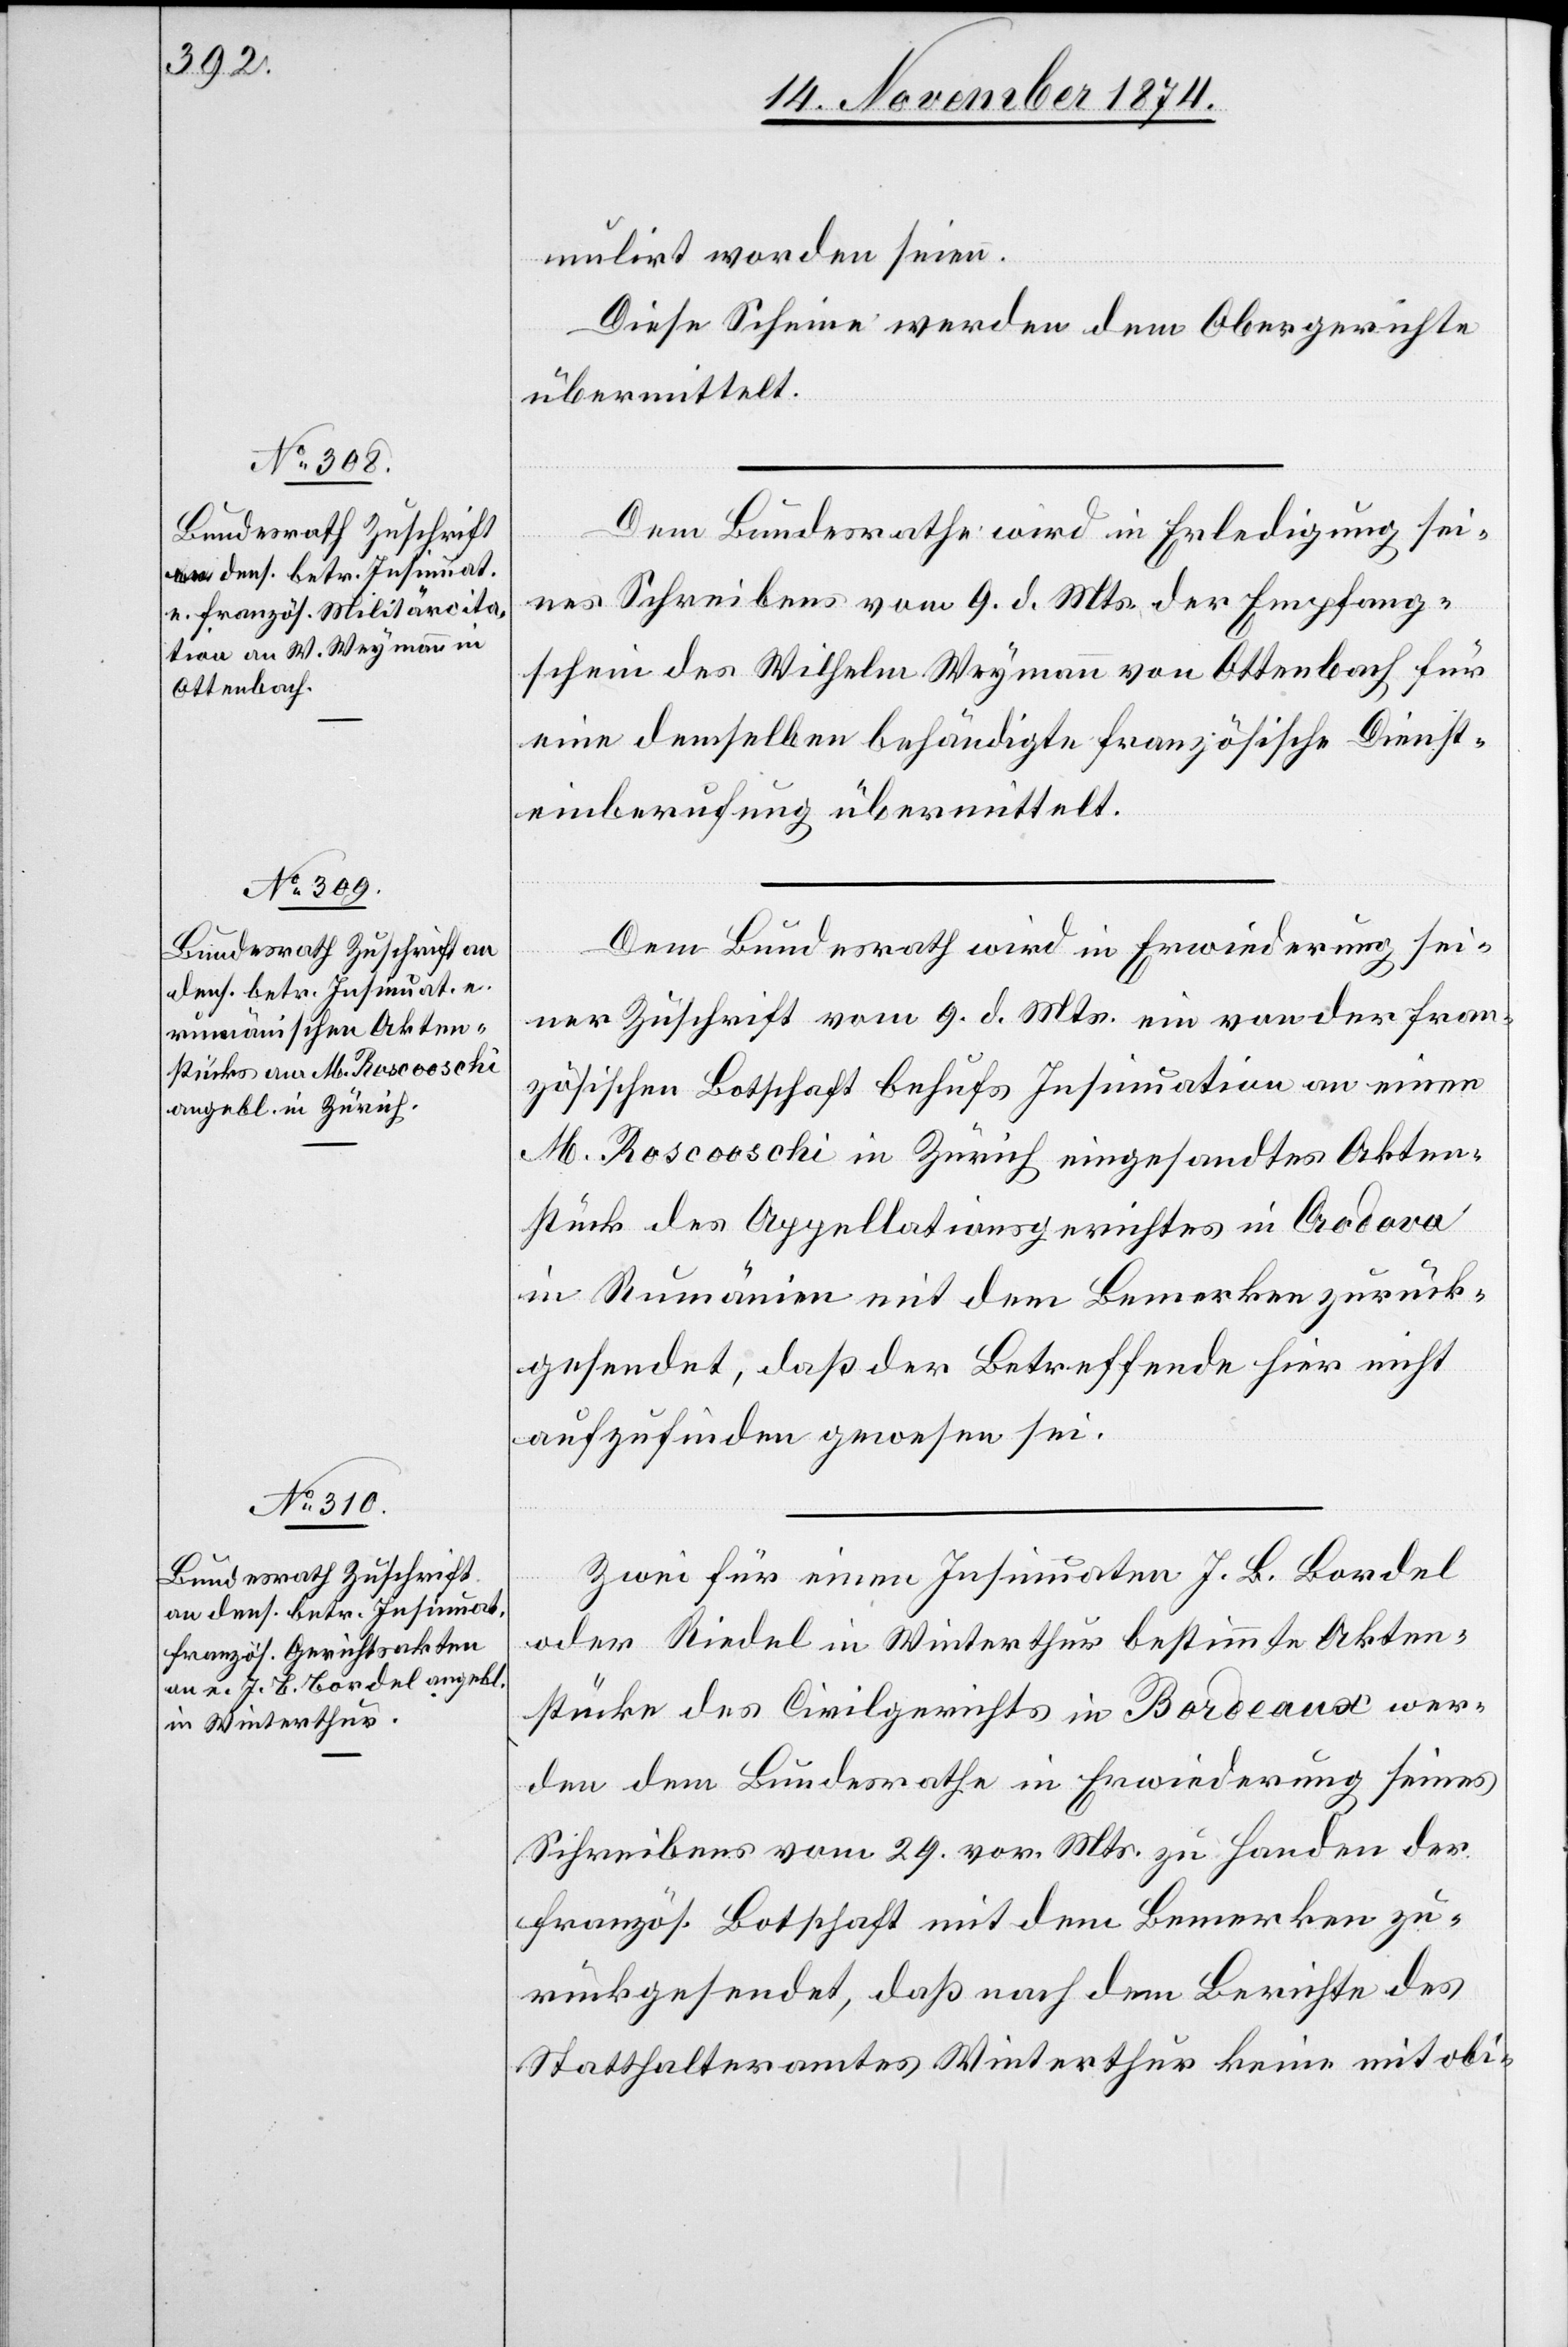
20. November 1874.]
mulirt worden seien.
Diese Scheine werden dem Obergerichte
übermittelt.
Dem Bundesrathe wird in Erledigung sei¬
nes Schreibens vom 9. d. Mts. der Empfang¬
schein des Wilhelm Weymann von Ottenbach für
eine demselben behändigte französische Dienst¬
einberufung übermittelt.
Dem Bundesrath wird in Erwiederung sei¬
ner Zuschrift vom 9. d. Mts. ein von der fran¬
zösischen Botschaft behufs Insinuation an einen
M. Roscooschi in Zürich eingesandtes Akten¬
stück des Appellationsgerichtes in Codova
in Rumänien mit dem Bemerken zurück¬
gesendet, daß der Betreffende hier nicht
aufzufinden gewesen sei.
Zwei für einen Insinuaten J. B. Bordel
oder Riedel in Winterthur bestimmte Akten¬
stücke des Civilgerichts in Bordeaux wer¬
den dem Bundesrathe in Erwiederung seines
Schreibens vom 29. vor. Mts. zu Handen der
französ. Botschaft mit dem Bemerken zu¬
rückgesendet, daß nach dem Berichte des
Statthalteramtes Winterthur keine mit obi-